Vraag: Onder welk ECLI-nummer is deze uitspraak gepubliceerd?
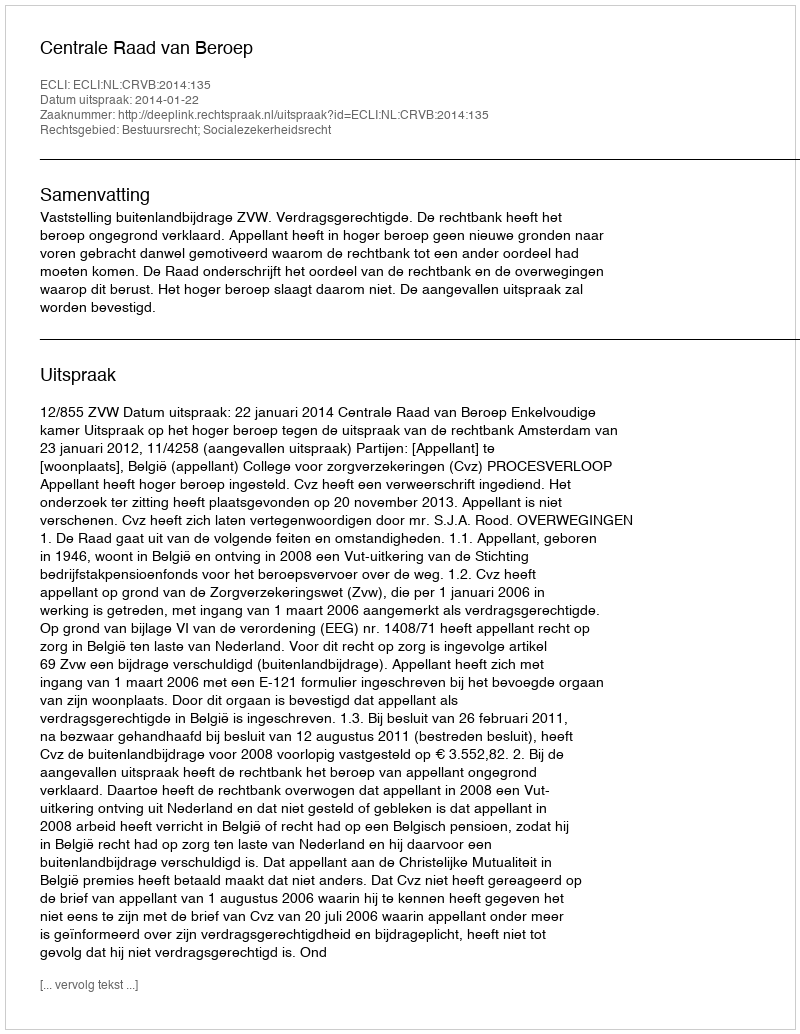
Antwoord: ECLI:NL:CRVB:2014:135